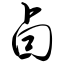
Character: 卣